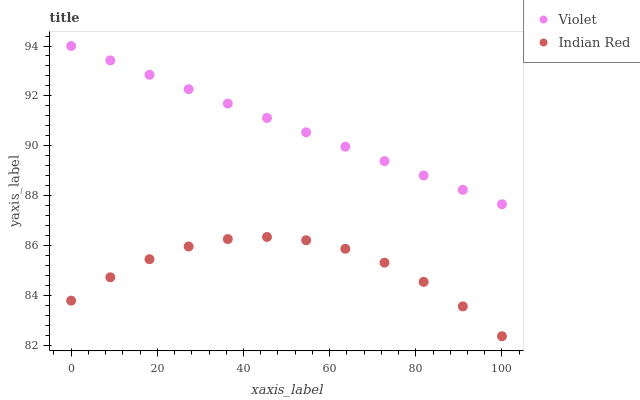
| xaxis_label | Violet | Indian Red |
 | --- | --- | --- |
 | 0 | 94 | 83.8 |
 | 9.09 | 93.4 | 84.7 |
 | 18.2 | 92.8 | 85.4 |
 | 27.3 | 92.3 | 86 |
 | 36.4 | 91.7 | 86.3 |
 | 45.5 | 91.1 | 86.3 |
 | 54.5 | 90.5 | 86.2 |
 | 63.6 | 90 | 85.9 |
 | 72.7 | 89.4 | 85.3 |
 | 81.8 | 88.8 | 84.5 |
 | 90.9 | 88.2 | 83.6 |
 | 100 | 87.7 | 82.4 |